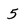
Character: 5